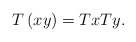
\begin{align*}T\left( xy\right) =TxTy. \end{align*}